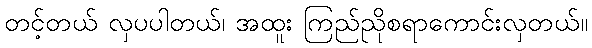
တင့်တယ် လှပပါတယ်၊ အထူး ကြည်ညိုစရာကောင်းလှတယ်။